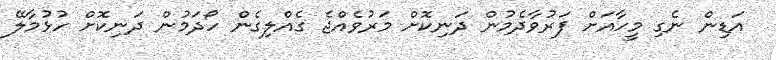
އަޑިން ނެގި މީހާއަށް ފަރުވާދެމުން ދަނިކޮށް މަރުވެއްޖެ ގެއްލިގެން ހޯދަމުން ދަނިކޮށް ހުޅުމާލޭ